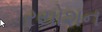
રયોશન